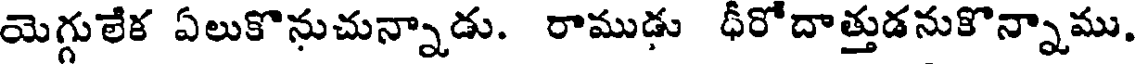
యెగ్గులేక ఏలుకొనుచున్నాడు. రాముడు ధీరోదాత్తుడనుకొన్నాము.